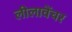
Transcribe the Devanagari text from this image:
लीलावेंचर